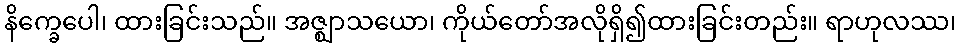
နိက္ခေပေါ၊ ထားခြင်းသည်။ အဇ္ဈာသယော၊ ကိုယ်တော်အလိုရှိ၍ထားခြင်းတည်း။ ရာဟုလဿ၊